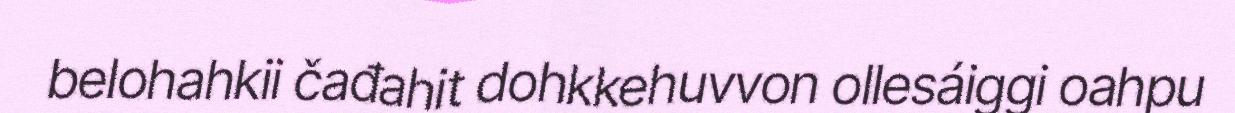
belohahkii čađahit dohkkehuvvon ollesáiggi oahpu